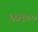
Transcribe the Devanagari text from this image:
६७१००